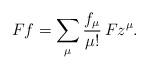
LaTeX: \begin{align*}Ff=\sum_\mu \frac{f_\mu}{\mu!}\, Fz^\mu.\end{align*}